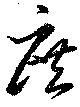
庶